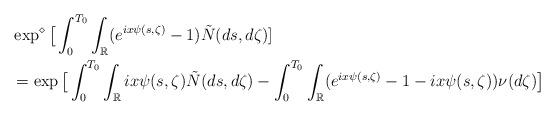
LaTeX: \begin{align*}&\exp^{\diamond}\big[ \int_0^{T_0}\int_{\mathbb{R}}(e^{ix\psi(s,\zeta)}-1)\tilde{N}(ds,d\zeta)]\\&= \exp\big[\int_0^{T_0}\int_{\mathbb{R}}ix\psi(s,\zeta)\tilde{N}(ds,d\zeta)- \int_0^{T_0}\int_{\mathbb{R}}(e^{ix\psi(s,\zeta)}-1-ix\psi(s,\zeta))\nu(d\zeta) \big]\end{align*}